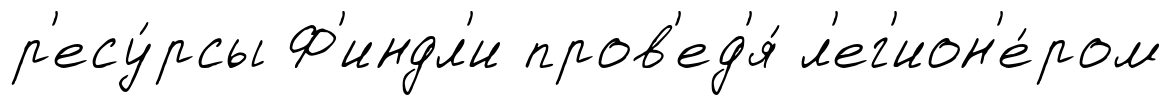
р'есу́рсы Ф'индл'и пров'ед'я́ л'ег'ион'е́ром